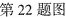
第22题图